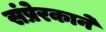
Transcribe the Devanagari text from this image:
संप्रेरकाने